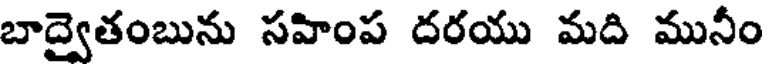
బాద్వైతంబును సహింప దరయు మది మునీం